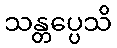
သန္တပ္ပေသိ